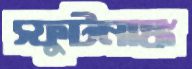
স্ফুটনাঙ্ক